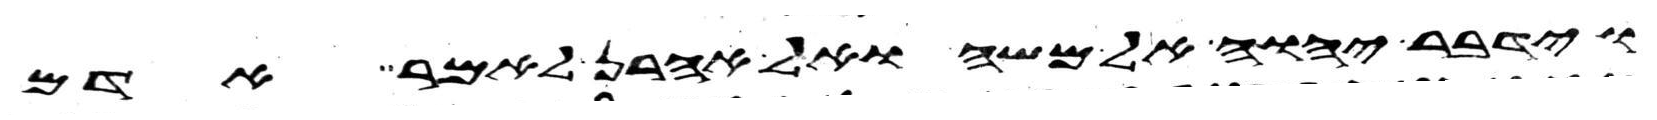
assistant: וידבר יהוה אל משה ואל אהרן לאמר אדם